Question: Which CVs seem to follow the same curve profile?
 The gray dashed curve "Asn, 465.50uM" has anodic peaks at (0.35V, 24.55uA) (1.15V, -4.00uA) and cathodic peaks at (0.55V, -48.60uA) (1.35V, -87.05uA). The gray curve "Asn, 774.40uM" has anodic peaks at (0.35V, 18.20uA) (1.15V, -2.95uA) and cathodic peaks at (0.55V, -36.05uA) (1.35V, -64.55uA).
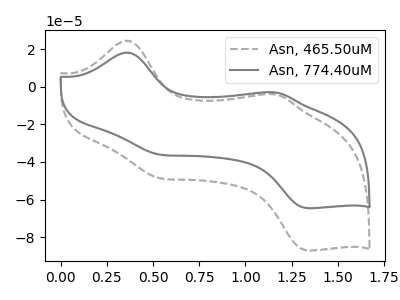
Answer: <think>All the peaks in "Asn, 465.50uM" have a peak in "Asn, 774.40uM" at the same potential.
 </think>
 <answer>"Asn, 774.40uM" and "Asn, 465.50uM" have the same shape and are likely CV's of the same chemical.</answer>
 <eval>"Asn, 774.40uM" "Asn, 465.50uM"</eval>